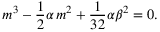
m ^ { 3 } - \frac { 1 } { 2 } \alpha \, m ^ { 2 } + \frac { 1 } { 3 2 } \alpha \beta ^ { 2 } = 0 .